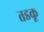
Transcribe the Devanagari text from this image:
तडकू